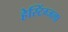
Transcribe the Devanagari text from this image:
हेस्टिंग्जला